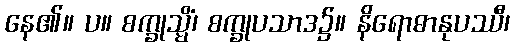
နေ၏။ ပ။ စက္ခုသ္မိံ၊ စက္ခုပသာဒ၌။ နိရောဓာနုပဿီ၊